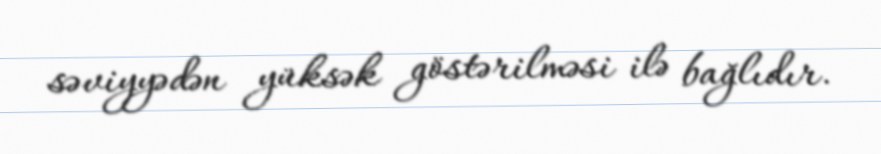
səviyyədən yüksək göstərilməsi ilə bağlıdır.